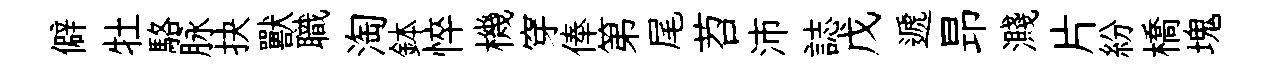
僻牡駱脉抉獸職淘鉢悴機穿俸第尾苕沛誌戊遞昻濺片紛橋塊